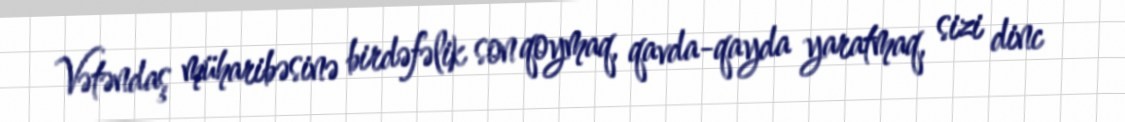
Vətəndaş müharibəsinə birdəfəlik son qoymaq, qavda-qayda yaratmaq, sizi dinc